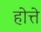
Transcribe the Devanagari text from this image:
होत्ते